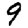
Digit: 9